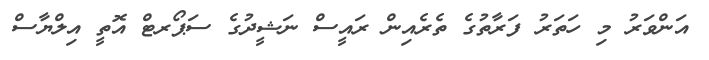
އަންވަރު މި ހަތަރު ފަރާތުގެ ތެރެއިން ރައީސް ނަޝީދުގެ ސަޕޯރޓް އޮތީ އިލްޔާސް